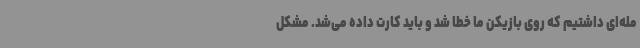
مله‌ای داشتیم که روی بازیکن ما خطا شد و باید کارت داده می‌شد. مشکل